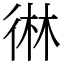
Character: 㣩